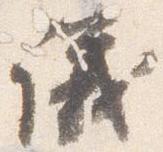
議